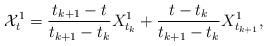
LaTeX: \begin{align*}\mathcal{X}^{1}_t=\frac{t_{k+1}-t}{t_{k+1}-t_k}{X}^{1}_{t_k}+\frac{t-t_k}{t_{k+1}-t_k}{X}^{1}_{t_{k+1}},\end{align*}